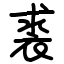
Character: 裘